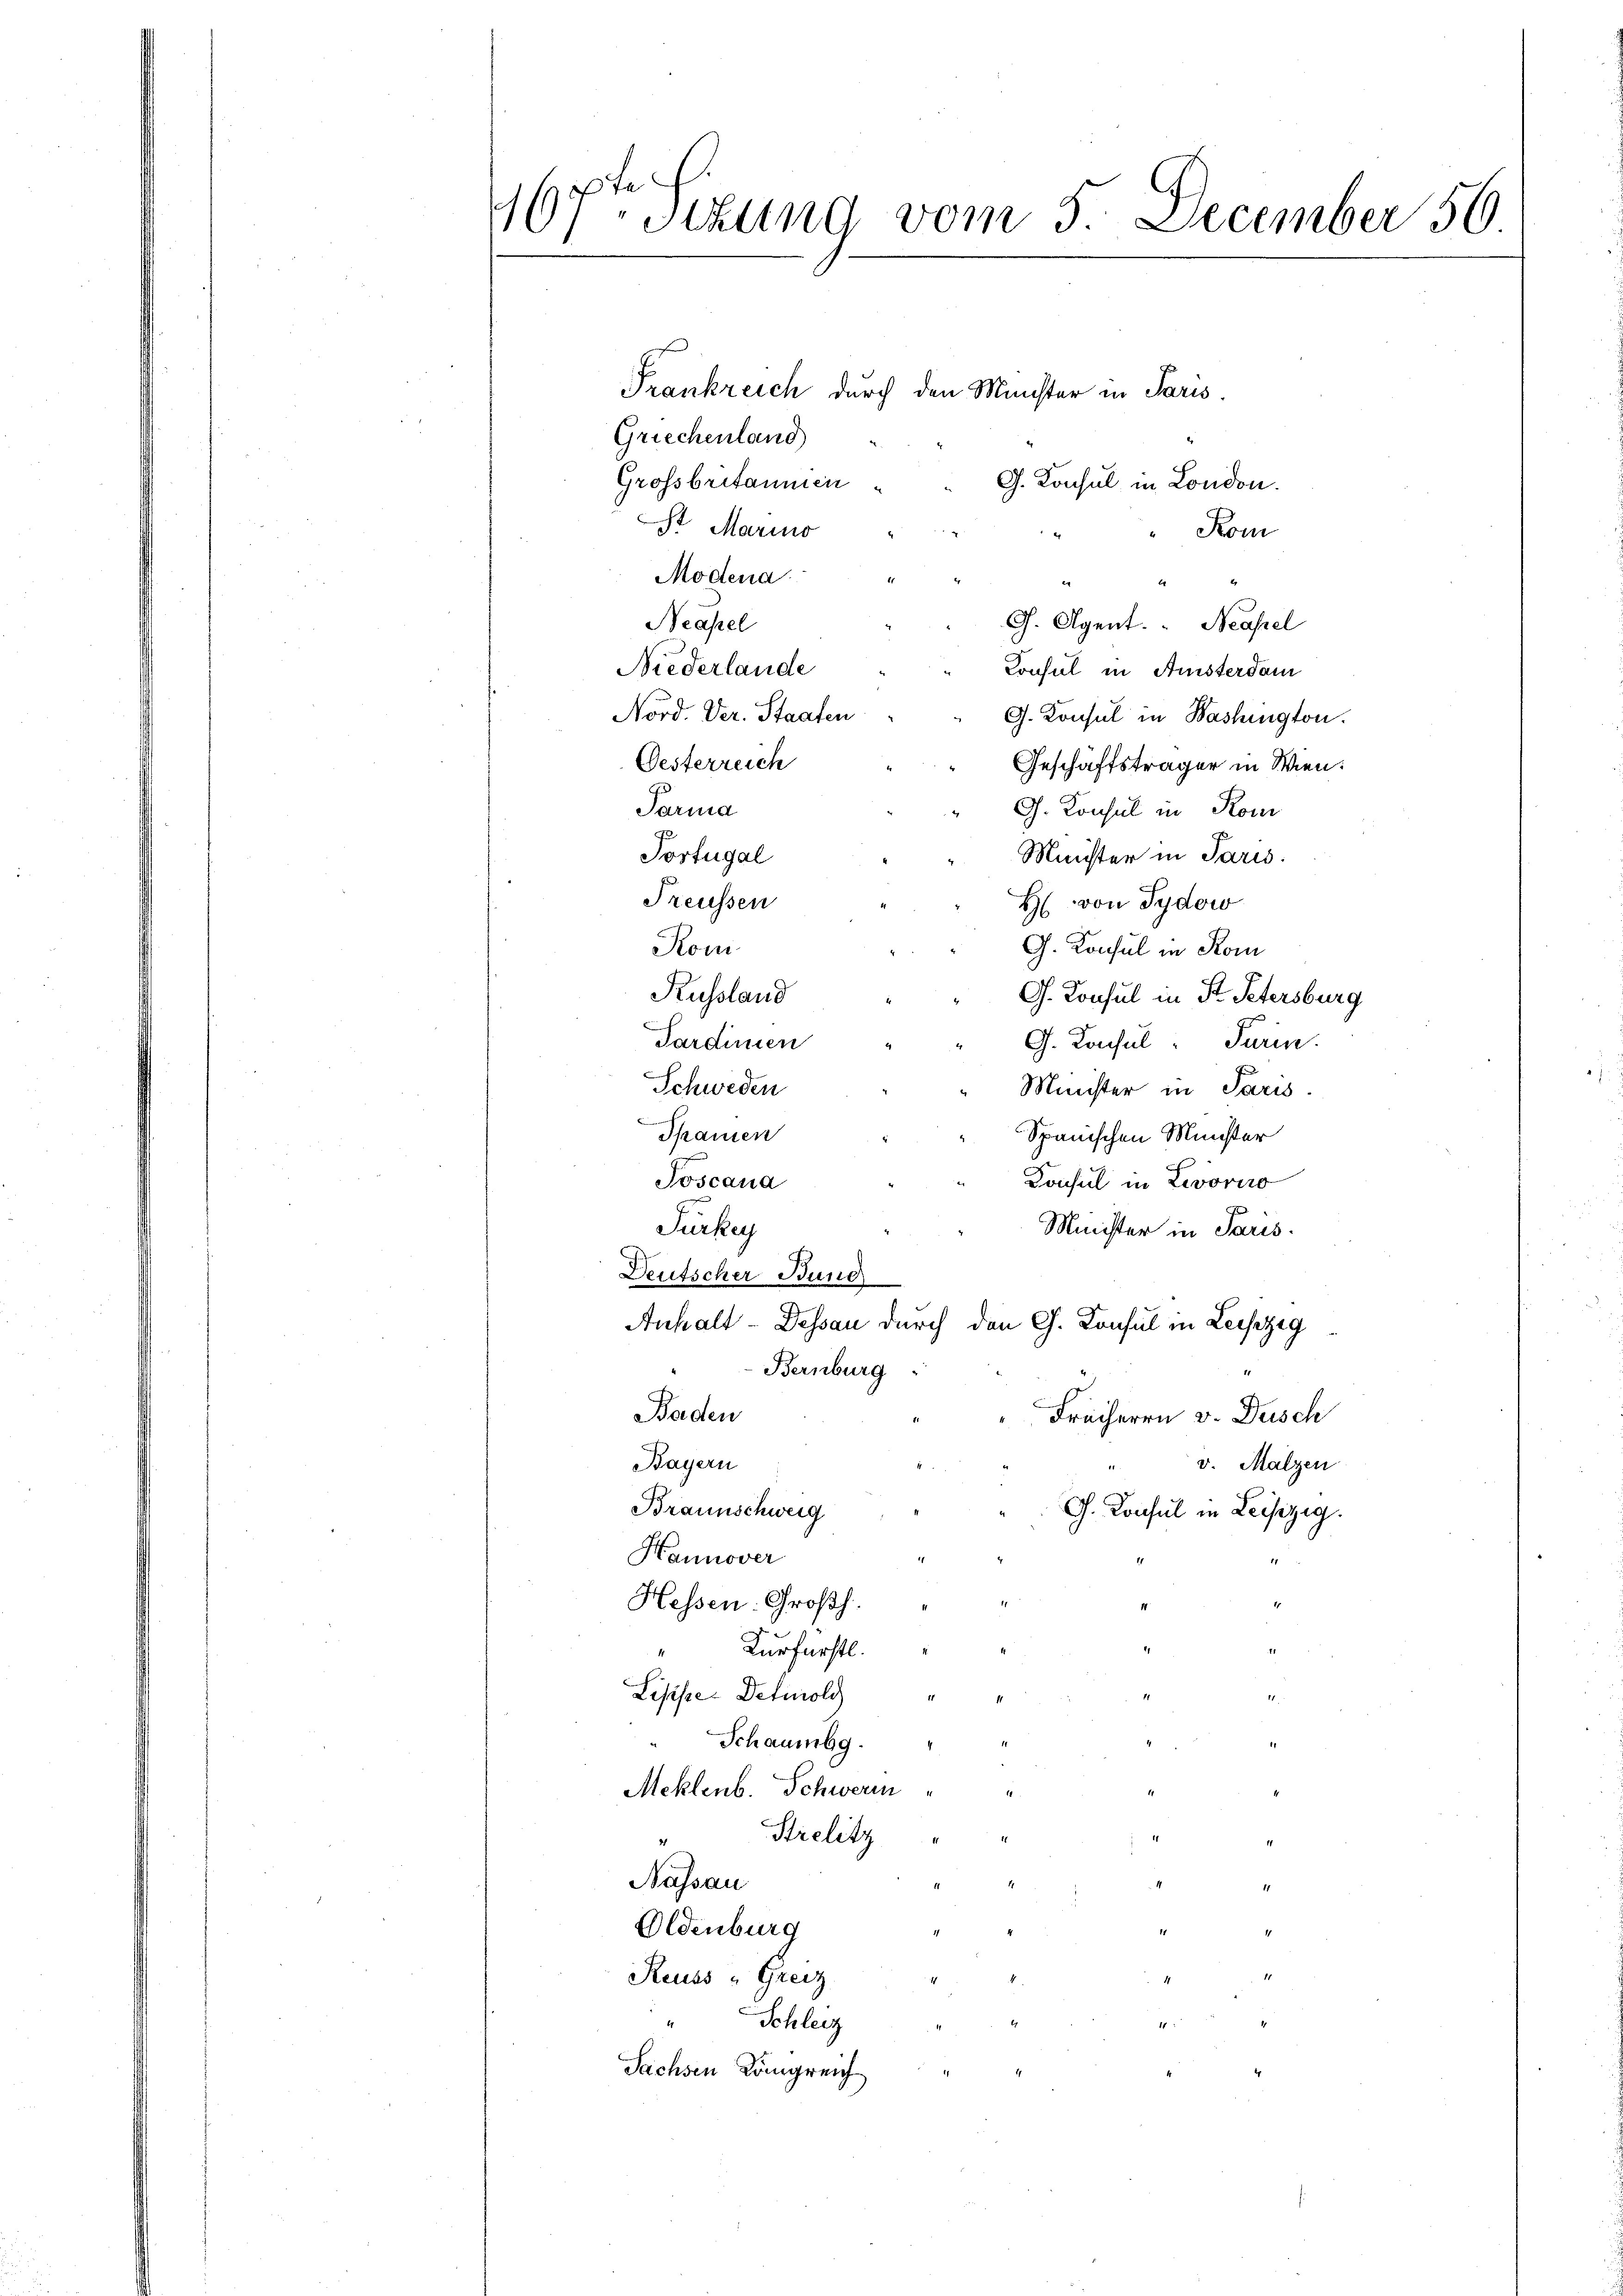
167ten Sitzung vom 5. December 56

Frankreich durch den Münster in Paris.
Griechenland
Grossbritannien
G. Konsul in London.
St Marino
Kom
Modena.

Neapel
G. Agent. Neapel
Niederlande
Konsul in Anisterdam
Nord. Ver. Staaten
G. Konsul in Washington.
Oesterreich
Geschäftsträger in Wien.
Tarina
G. Konsul in Kom
Portugal
Minister in Paris.
Freussen
H. von Tydow
G. Konsul in Kom
Rom
Russland
G. Konsul in P. Petersburg
Sardinien
G. Konsul Parin.
Schweden
Minister in Paris.
Spanien
Spanischen Münster
Toscana
Konsul in Livorno
Türkey
Minister in Paris.
Deutscher Bund
Anhalt-Dessau durch den G. Konsul in Leiszig
Bernburg
Baden
Freiherrn v. Dusch
Bayern
v. Malzen
Braunschweig
G. Konsul in Leipzig.
Hannover
Hessen. Großh.
" Kurfürstl.
Lisisse Detmold
Schaumbg.
Meklenb. Schweren
Strelitz
21
Nassau
Oldenburg
Reuss - Greiz
4
Schleiz
Sachsen Königreich